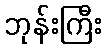
ဘုန်းကြီး